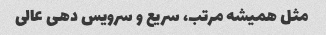
مثل همیشه مرتب، سریع و سرویس دهی عالی